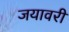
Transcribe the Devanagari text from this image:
जयावरी